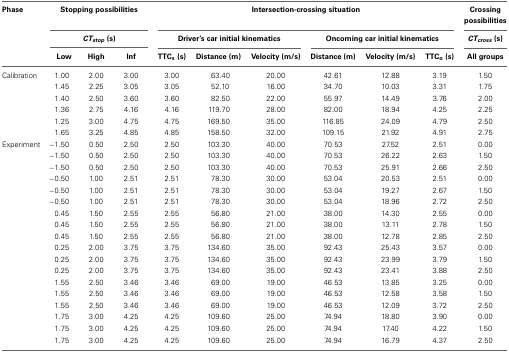
<table><thead><tr><td><b>Phase</b></td><td colspan="3"><b>Stopping possibilities</b></td><td colspan="6"><b>Intersection-crossing situation</b></td><td><b>Crossing possibilities</b></td></tr><tr><td></td><td colspan="3"><b><i>CT<sub><i>stop</i></sub></i> (s)</b></td><td colspan="3"><b>Driver&#x27;s car initial kinematics</b></td><td colspan="3"><b>Oncoming car initial kinematics</b></td><td><b><i>CT<sub><i>cross</i></sub></i> (s)</b></td></tr><tr><td></td><td><b>Low</b></td><td><b>High</b></td><td><b>Inf</b></td><td><b>TTC<sub>s</sub> (s)</b></td><td><b>Distance (m)</b></td><td><b>Velocity (m/s)</b></td><td><b>Distance (m)</b></td><td><b>Velocity (m/s)</b></td><td><b>TTC<sub>o</sub> (s)</b></td><td><b>All groups</b></td></tr></thead><tbody><tr><td>Calibration</td><td>1.00</td><td>2.00</td><td>3.00</td><td>3.00</td><td>63.40</td><td>20.00</td><td>42.61</td><td>12.88</td><td>3.19</td><td>1.50</td></tr><tr><td></td><td>1.45</td><td>2.25</td><td>3.05</td><td>3.05</td><td>52.10</td><td>16.00</td><td>34.70</td><td>10.03</td><td>3.31</td><td>1.75</td></tr><tr><td></td><td>1.40</td><td>2.50</td><td>3.60</td><td>3.60</td><td>82.50</td><td>22.00</td><td>55.97</td><td>14.49</td><td>3.76</td><td>2.00</td></tr><tr><td></td><td>1.36</td><td>2.75</td><td>4.16</td><td>4.16</td><td>119.70</td><td>28.00</td><td>82.00</td><td>18.94</td><td>4.25</td><td>2.25</td></tr><tr><td></td><td>1.25</td><td>3.00</td><td>4.75</td><td>4.75</td><td>169.50</td><td>35.00</td><td>116.85</td><td>24.09</td><td>4.79</td><td>2.50</td></tr><tr><td></td><td>1.65</td><td>3.25</td><td>4.85</td><td>4.85</td><td>158.50</td><td>32.00</td><td>109.15</td><td>21.92</td><td>4.91</td><td>2.75</td></tr><tr><td>Experiment</td><td>-1.50</td><td>0.50</td><td>2.50</td><td>2.50</td><td>103.30</td><td>40.00</td><td>70.53</td><td>27.52</td><td>2.51</td><td>0.00</td></tr><tr><td></td><td>-1.50</td><td>0.50</td><td>2.50</td><td>2.50</td><td>103.30</td><td>40.00</td><td>70.53</td><td>26.22</td><td>2.63</td><td>1.50</td></tr><tr><td></td><td>-1.50</td><td>0.50</td><td>2.50</td><td>2.50</td><td>103.30</td><td>40.00</td><td>70.53</td><td>25.91</td><td>2.66</td><td>2.50</td></tr><tr><td></td><td>-0.50</td><td>1.00</td><td>2.51</td><td>2.51</td><td>78.30</td><td>30.00</td><td>53.04</td><td>20.53</td><td>2.51</td><td>0.00</td></tr><tr><td></td><td>-0.50</td><td>1.00</td><td>2.51</td><td>2.51</td><td>78.30</td><td>30.00</td><td>53.04</td><td>19.27</td><td>2.67</td><td>1.50</td></tr><tr><td></td><td>-0.50</td><td>1.00</td><td>2.51</td><td>2.51</td><td>78.30</td><td>30.00</td><td>53.04</td><td>18.96</td><td>2.72</td><td>2.50</td></tr><tr><td></td><td>0.45</td><td>1.50</td><td>2.55</td><td>2.55</td><td>56.80</td><td>21.00</td><td>38.00</td><td>14.30</td><td>2.55</td><td>0.00</td></tr><tr><td></td><td>0.45</td><td>1.50</td><td>2.55</td><td>2.55</td><td>56.80</td><td>21.00</td><td>38.00</td><td>13.11</td><td>2.78</td><td>1.50</td></tr><tr><td></td><td>0.45</td><td>1.50</td><td>2.55</td><td>2.55</td><td>56.80</td><td>21.00</td><td>38.00</td><td>12.78</td><td>2.85</td><td>2.50</td></tr><tr><td></td><td>0.25</td><td>2.00</td><td>3.75</td><td>3.75</td><td>134.60</td><td>35.00</td><td>92.43</td><td>25.43</td><td>3.57</td><td>0.00</td></tr><tr><td></td><td>0.25</td><td>2.00</td><td>3.75</td><td>3.75</td><td>134.60</td><td>35.00</td><td>92.43</td><td>23.99</td><td>3.79</td><td>1.50</td></tr><tr><td></td><td>0.25</td><td>2.00</td><td>3.75</td><td>3.75</td><td>134.60</td><td>35.00</td><td>92.43</td><td>23.41</td><td>3.88</td><td>2.50</td></tr><tr><td></td><td>1.55</td><td>2.50</td><td>3.46</td><td>3.46</td><td>69.00</td><td>19.00</td><td>46.53</td><td>13.85</td><td>3.25</td><td>0.00</td></tr><tr><td></td><td>1.55</td><td>2.50</td><td>3.46</td><td>3.46</td><td>69.00</td><td>19.00</td><td>46.53</td><td>12.58</td><td>3.58</td><td>1.50</td></tr><tr><td></td><td>1.55</td><td>2.50</td><td>3.46</td><td>3.46</td><td>69.00</td><td>19.00</td><td>46.53</td><td>12.09</td><td>3.72</td><td>2.50</td></tr><tr><td></td><td>1.75</td><td>3.00</td><td>4.25</td><td>4.25</td><td>109.60</td><td>25.00</td><td>74.94</td><td>18.80</td><td>3.90</td><td>0.00</td></tr><tr><td></td><td>1.75</td><td>3.00</td><td>4.25</td><td>4.25</td><td>109.60</td><td>25.00</td><td>74.94</td><td>17.40</td><td>4.22</td><td>1.50</td></tr><tr><td></td><td>1.75</td><td>3.00</td><td>4.25</td><td>4.25</td><td>109.60</td><td>25.00</td><td>74.94</td><td>16.79</td><td>4.37</td><td>2.50</td></tr></tbody></table>